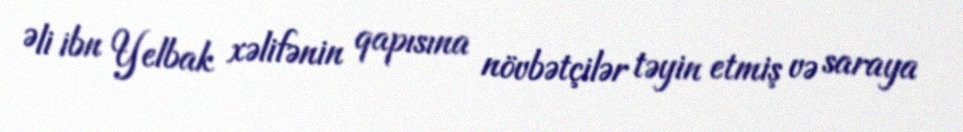
Əli ibn Yelbak xəlifənin qapısına növbətçilər təyin etmiş və saraya